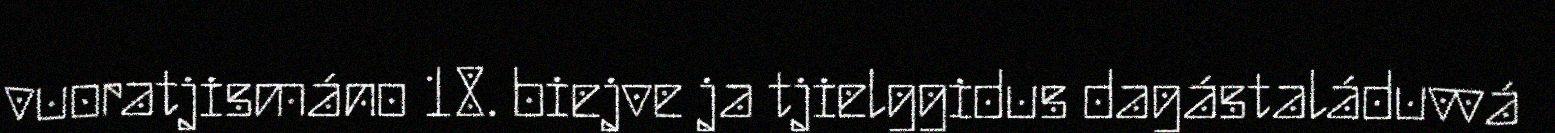
vuoratjismáno 18. biejve ja tjielggidus dagástaláduvvá